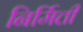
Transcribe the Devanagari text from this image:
निर्मित्ती